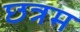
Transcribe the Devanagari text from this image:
छत्रम